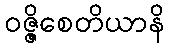
ဝဇ္ဇိစေတိယာနိ